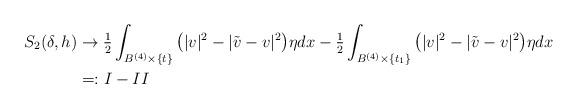
LaTeX: \begin{align*}S_2(\delta,h)&\to\tfrac{1}{2}\int_{B^{(4)}\times\{t\}}\big(|v|^2 - |\tilde v-v|^2\big)\eta dx-\tfrac{1}{2}\int_{B^{(4)}\times\{t_1\}}\big(|v|^2 - |\tilde v-v|^2\big)\eta dx\\&=:I-II\end{align*}